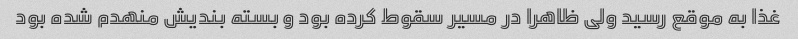
غذا به موقع رسید ولی ظاهرا در مسیر سقوط کرده بود و بسته بندیش منهدم شده بود